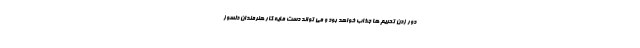
دور زدن تحریم ها جذاب خواهد بود و می تواند دست مایه کار هنرمندان دلسوز